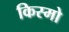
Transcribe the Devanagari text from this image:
किस्मो